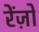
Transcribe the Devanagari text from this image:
रेंज़ो